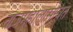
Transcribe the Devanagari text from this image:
ताजमहालासोबत